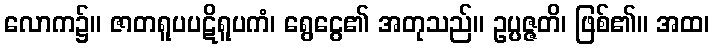
လောက၌။ ဇာတရူပပဋိရူပကံ၊ ရွေငွေ၏ အတုသည်။ ဥပ္ပဇ္ဇတိ၊ ဖြစ်၏။ အထ၊